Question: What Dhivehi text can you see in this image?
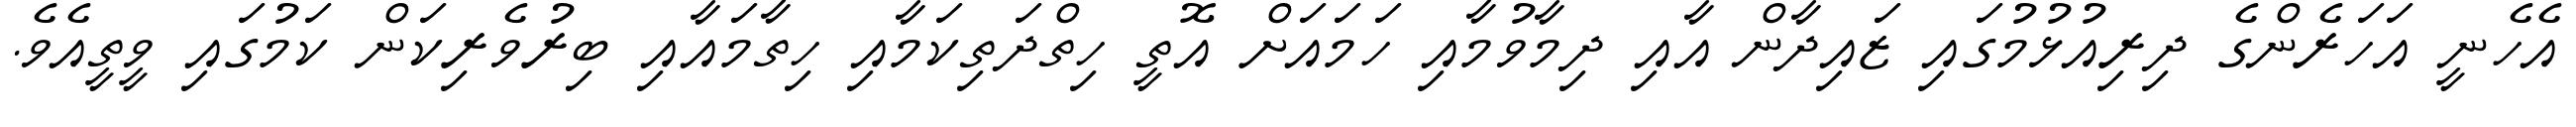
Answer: އެހެނީ އަހަރެންގެ ދިރިއުޅުމުގައި ޒައިދާން އާއި ދިމާވުމާއި ހަމައަށް އޮތީ ހިތްދަތިކަމާއި ހިތާމައާއި ބިރުވެރިކަން ކަމުގައި ވީތީއެވެ.